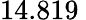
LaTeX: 14.819\